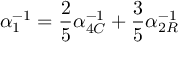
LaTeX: \alpha _ { 1 } ^ { - 1 } = \frac { 2 } { 5 } \alpha _ { 4 C } ^ { - 1 } + \frac { 3 } { 5 } \alpha _ { 2 R } ^ { - 1 }